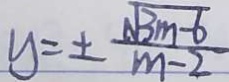
y = \pm \frac { \sqrt { 3 m - 6 } } { m - 2 }